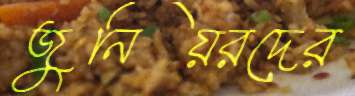
জুনিয়রদের